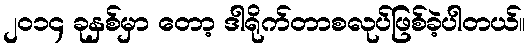
၂ဝ၁၄ ခုနှစ်မှာ တော့ ဒါရိုက်တာစလုပ်ဖြစ်ခဲ့ပါတယ်။